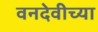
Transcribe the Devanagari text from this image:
वनदेवीच्या